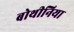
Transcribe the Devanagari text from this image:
बोथीनिया